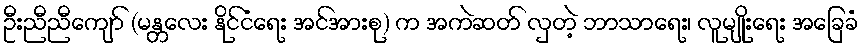
ဦးညီညီကျော် (မန္တလေး နိုင်ငံရေး အင်အားစု) က အကဲဆတ် လှတဲ့ ဘာသာရေး၊ လူမျိုးရေး အခြေခံ